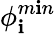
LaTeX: \phi_{\mathbf{i}}^{m\mathbf{i}n}